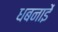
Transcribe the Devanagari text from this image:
धबनाईे